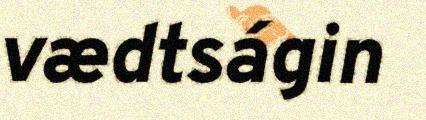
vædtságin